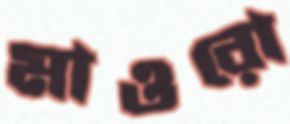
মাওরো